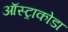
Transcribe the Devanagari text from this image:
ऑस्ट्राकोडा